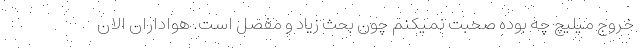
خروج میلیچ چه بوده صحبت نمیکنم چون بحث زیاد و مفصل است. هواداران الان